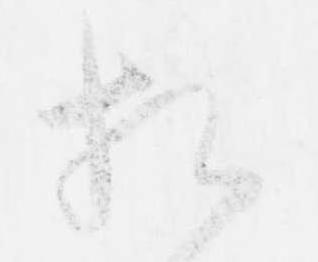
相